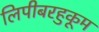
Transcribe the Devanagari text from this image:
लिपीबरहुकूम